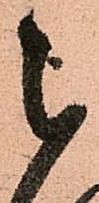
被